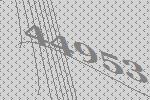
44953